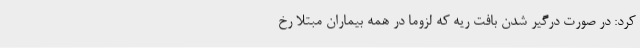
کرد: در صورت درگیر شدن بافت ریه که لزوما در همه بیماران مبتلا رخ